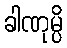
ခါဏုမ္ပိ